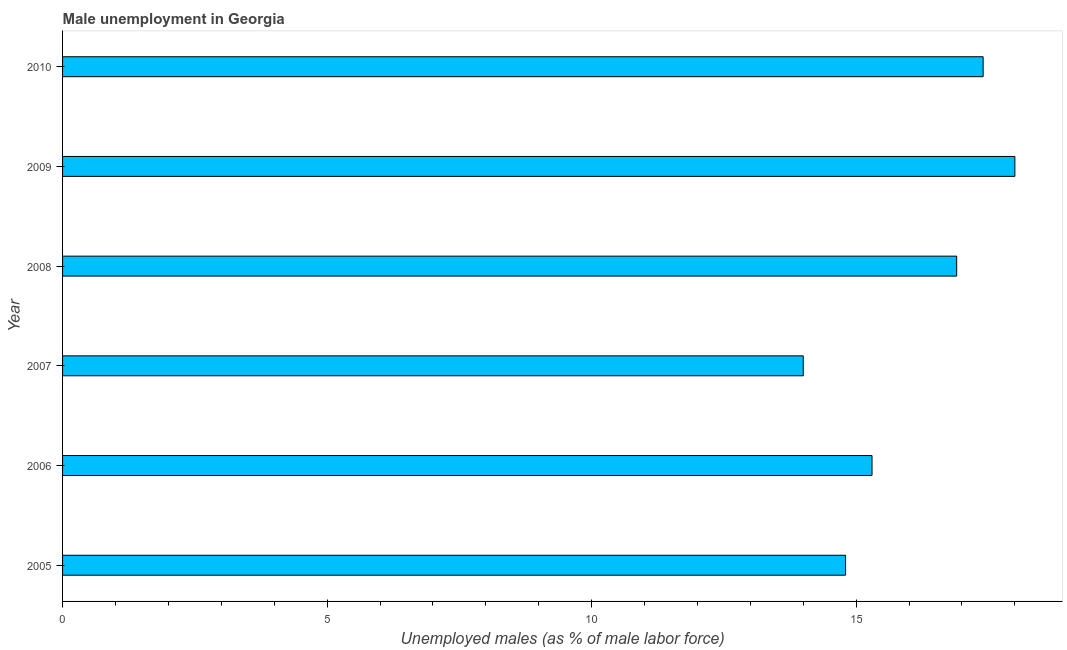
| Year | Unemployment |
 | --- | --- |
 | 2005 | 14.8 |
 | 2006 | 15.3 |
 | 2007 | 14 |
 | 2008 | 16.9 |
 | 2009 | 18 |
 | 2010 | 17.4 |